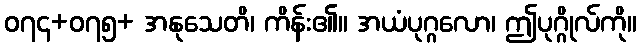
၀၇၄+၀၇၅+ အနုသေတိ၊ ကိန်း၏။ အယံပုဂ္ဂလော၊ ဤပုဂ္ဂိုလ်ကို။